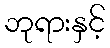
ဘုရားနှင့်